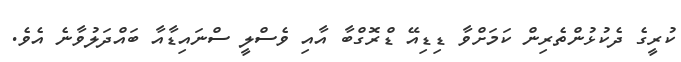
ކުރީގެ ދެކުޅުންތެރިން ކަމަށްވާ ޑިޑިއޭ ޑްރޮގްބާ އާއި ވެސްލީ ސްނައިޑާއާ ބައްދަލުވާނެ އެވެ.